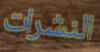
النشرات